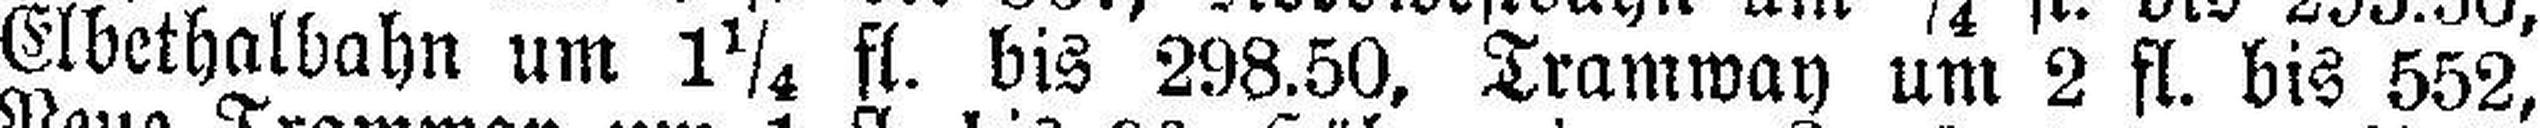
Elbethalbahn um 1¼ fl. bis 298.50, Tramway um 2 fl. bis 552,